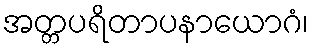
အတ္တပရိတာပနာယောဂံ၊